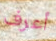
أعرف